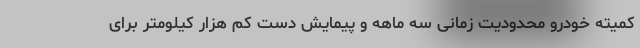
کمیته خودرو محدودیت زمانی سه ماهه و پیمایش دست کم هزار کیلومتر برای